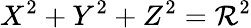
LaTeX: X^{2}+Y^{2}+Z^{2}=\mathcal R^{2}